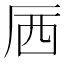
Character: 𱑝